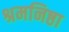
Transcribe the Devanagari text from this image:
श्रमनिष्ठा